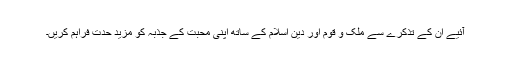
آئیے اِن کے تذکرے سے ملک و قوم اور دین اسلام کے ساتھ اپنی محبت کے جذبہ کو مزید حدت فراہم کریں۔